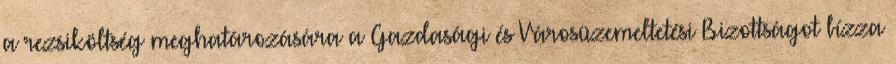
a rezsiköltség meghatározására a Gazdasági és Városüzemeltetési Bizottságot bízza